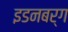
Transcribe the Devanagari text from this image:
इडनबर्ग